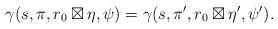
LaTeX: \begin{align*}\gamma(s, \pi, r_0 \boxtimes \eta, \psi) &= \gamma(s, \pi', r_0 \boxtimes \eta', \psi').\end{align*}